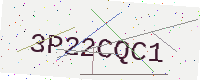
Text: 3P22CQC1